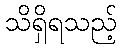
သိရှိရသည့်